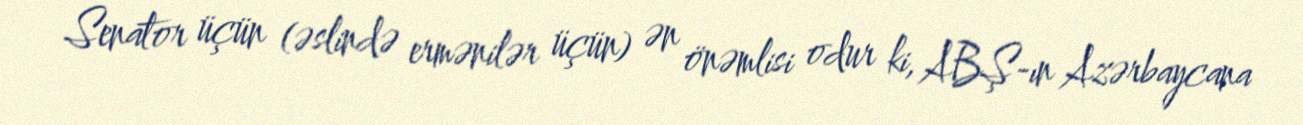
Senator üçün (əslində ermənilər üçün) ən önəmlisi odur ki, ABŞ-ın Azərbaycana